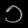
Digit: ၁